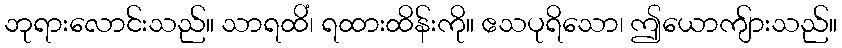
ဘုရားလောင်းသည်။ သာရထိံ၊ ရထားထိန်းကို။ ဧသပုရိသော၊ ဤယောကျ်ားသည်။